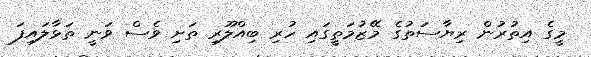
މީގެ އިތުރުން ރިޔާސަތުގެ މޭޒުމަތީގައި ހުރި ބިއްލޫރި ތަށި ވެސް ވަނީ ތަޅާލައިފަ